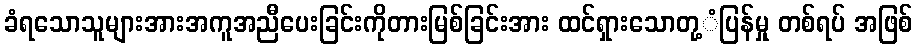
ခံရသောသူများအားအကူအညီပေးခြင်းကိုတားမြစ်ခြင်းအား ထင်ရှားသောတု့ံပြန်မှု တစ်ရပ် အဖြစ်